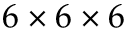
6 \times 6 \times 6